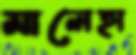
মালেহা